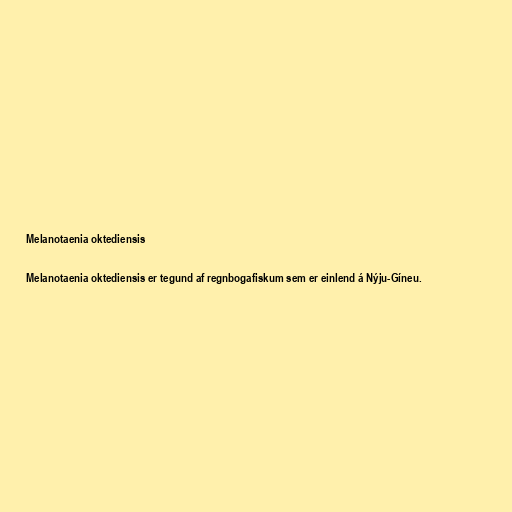
Melanotaenia oktediensis

Melanotaenia oktediensis er tegund af regnbogafiskum sem er einlend á Nýju-Gíneu.